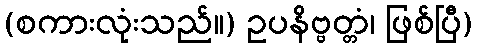
(စကားလုံးသည်။) ဥပနိဗ္ဗတ္တံ၊ ဖြစ်ပြီ)